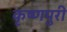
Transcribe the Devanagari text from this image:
कृष्णपुरी